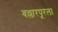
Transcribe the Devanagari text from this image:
बल्लारपूरला